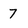
Character: 7